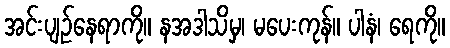
အင်းပျဉ်နေရာကို။ နအဒါသိမှ၊ မပေးကုန်။ ပါနံ၊ ရေကို။